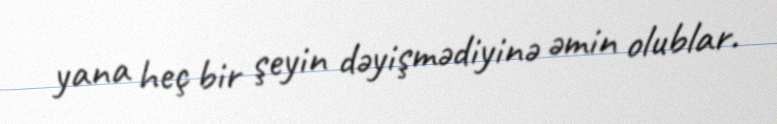
yana heç bir şeyin dəyişmədiyinə əmin olublar.